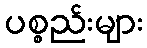
ပစ္စည်းများ